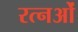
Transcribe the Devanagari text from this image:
रत्नओं